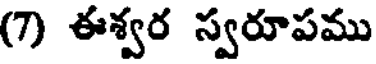
(7) ఈశ్వర స్వరూపము